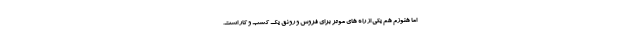
اما هنوزم هم یکی از راه های موثر برای فروش و رونق یک کسب و کار است.